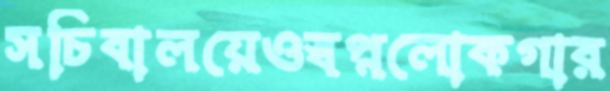
সচিবালয়েওস্বপ্নলোকগার